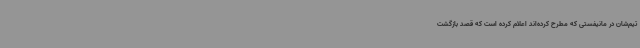
تیم‌شان در مانیفستی که مطرح کرده‌اند اعلام کرده است که قصد بازگشت